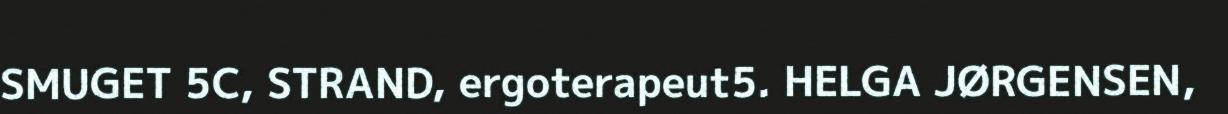
SMUGET 5C, STRAND, ergoterapeut5. HELGA JØRGENSEN,